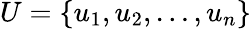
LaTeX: U=\{ u_{1},u_{2},\dots,u_{n}\}